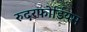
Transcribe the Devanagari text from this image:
रुदरफोर्डियम